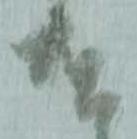
遣